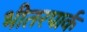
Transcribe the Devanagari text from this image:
भीतरपार्क